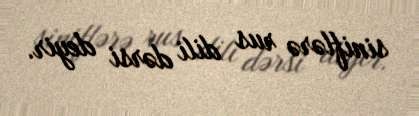
siniflərə rus dili dərsi deyir.